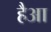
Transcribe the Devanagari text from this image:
हैआ